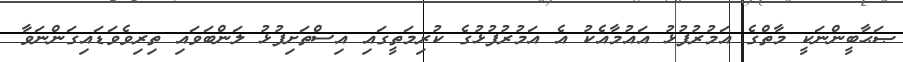
ޞަޙާބީންނަކީ މާތްގެ އަމުރުފުޅު އައުމާއެކު އެ އަމުރުފުޅުގެ ކުރިމަތީގައި އިސްތަށިފުޅު ލަންބަވައި ތިރިވެވަޑައިގަންނަވާ